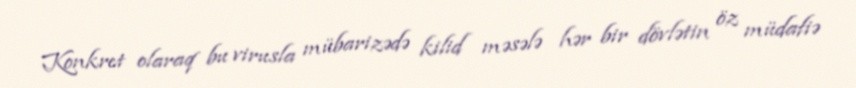
Konkret olaraq bu virusla mübarizədə kilid məsələ hər bir dövlətin öz müdafiə